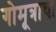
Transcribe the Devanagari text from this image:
गोमूत्राचा